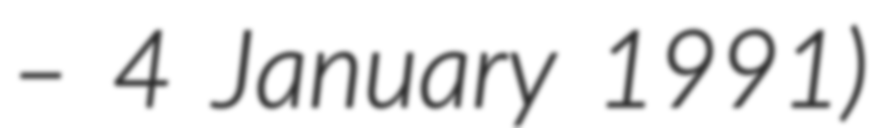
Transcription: – 4 January 1991)